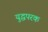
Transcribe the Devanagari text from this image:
युद्धपरक